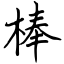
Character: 棒